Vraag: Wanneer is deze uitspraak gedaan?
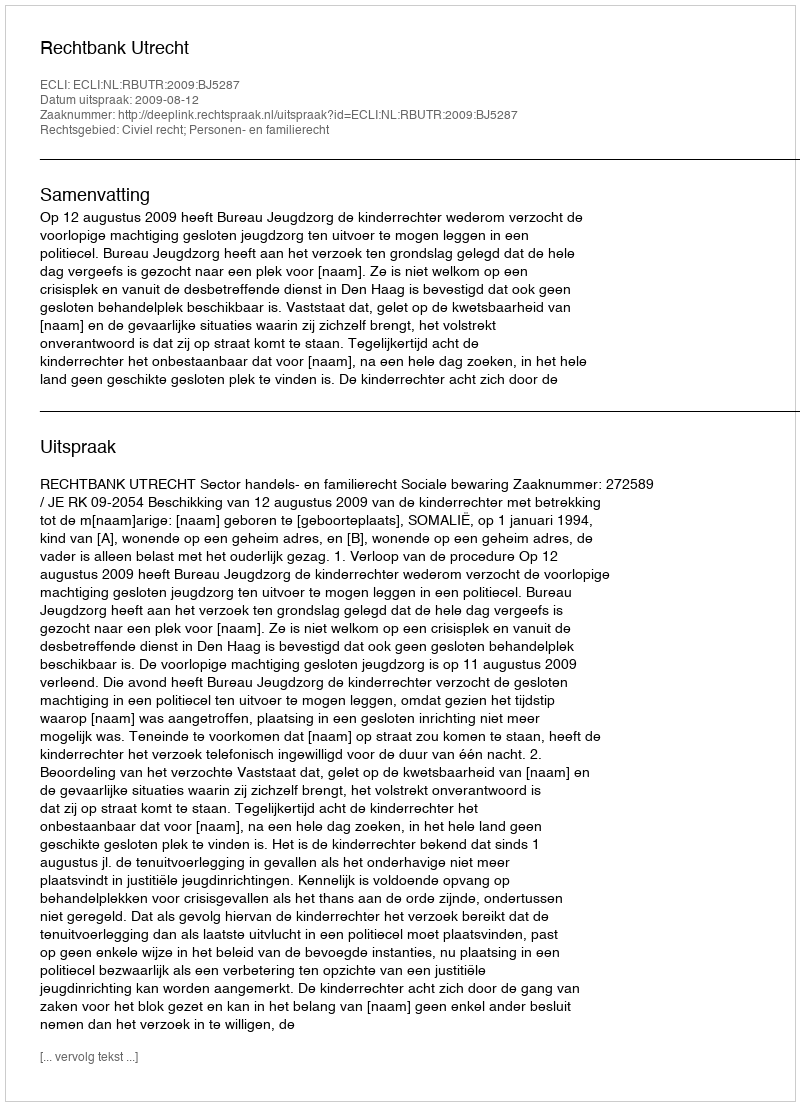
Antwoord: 2009-08-12